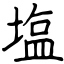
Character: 塩